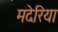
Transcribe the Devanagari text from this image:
मदेरिया